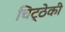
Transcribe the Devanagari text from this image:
चिट्ठेकी